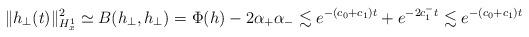
LaTeX: \begin{align*}\| h_ \perp(t) \|_{H_x^1}^2 \simeq B(h_\perp, h_ \perp) = \Phi(h) - 2 \alpha_+ \alpha_- \lesssim e^{-(c_0 + c_1) t} + e^{-2c_1^- t} \lesssim e^{-(c_0 + c_1) t}\end{align*}